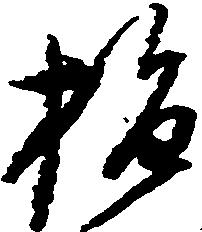
指